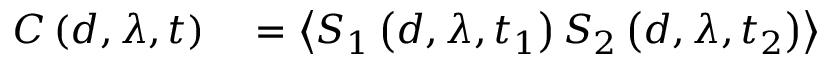
\begin{array} { r l } { C \left( d , \lambda , t \right) } & { { } = \left\langle S _ { 1 } \left( d , \lambda , t _ { 1 } \right) S _ { 2 } \left( d , \lambda , t _ { 2 } \right) \right\rangle } \end{array}